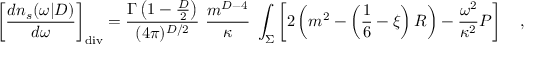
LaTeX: \left[ { \frac { d n _ { s } ( \omega | D ) } { d \omega } } \right] _ { \tiny \mathrm { d i v } } = { \frac { \Gamma \left( 1 - \frac D 2 \right) } { ( 4 \pi ) ^ { D / 2 } } } \, \, { \frac { m ^ { D - 4 } } { \kappa } } \, \, \int _ { \Sigma } \left[ 2 \left( m ^ { 2 } - \left( \frac 1 6 - \xi \right) R \right) - { \frac { \omega ^ { 2 } } { \kappa ^ { 2 } } } { \cal P } \right] ~ ~ ~ ,